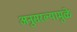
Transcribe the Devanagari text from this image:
अनुसरल्यामुळे